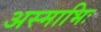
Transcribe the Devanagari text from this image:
अस्माभिः